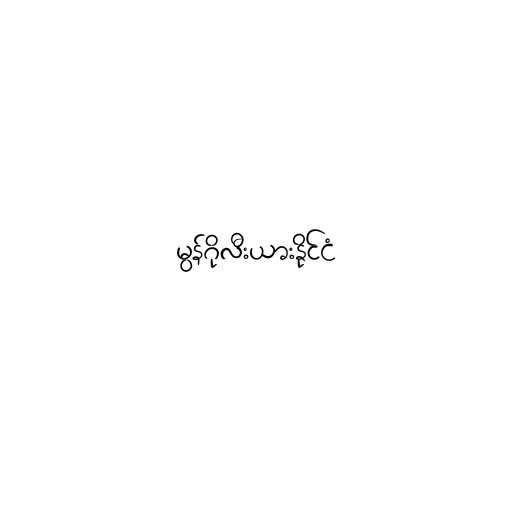
မွန်ဂိုလီးယားနိုင်ငံ